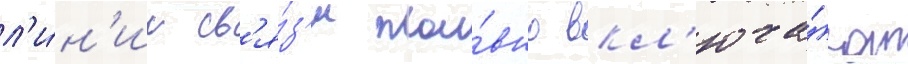
л'и́н'ии св'я́з'и пла́вно вкл'юча́ют